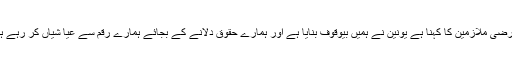
عارضی ملازمین کا کہنا ہے یونین نے ہمیں بیوقوف بنایا ہے اور ہمارے حقوق دلانے کے بجائے ہمارے رقم سے عیا شیاں کر رہے ہیں۔